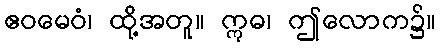
ဧဝမေဝံ၊ ထို့အတူ။ ဣဓ၊ ဤလောက၌။